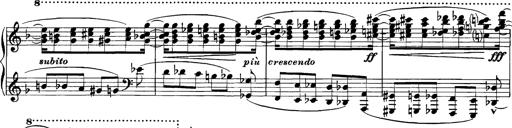
Title: Grandes Etudes
Composer: Franz Liszt